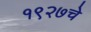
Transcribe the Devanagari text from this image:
१९२७चे